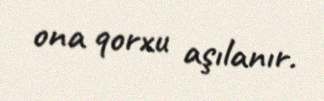
ona qorxu aşılanır.